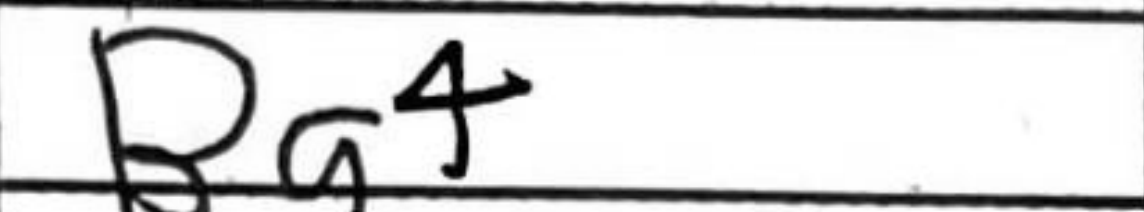
Transcription: Bg4